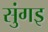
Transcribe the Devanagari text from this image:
सुंगइ